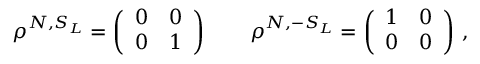
\rho ^ { N , S _ { L } } = \left( \begin{array} { l l } { { 0 } } & { { 0 } } \\ { { 0 } } & { { 1 } } \end{array} \right) \quad \quad \rho ^ { N , - S _ { L } } = \left( \begin{array} { l l } { { 1 } } & { { 0 } } \\ { { 0 } } & { { 0 } } \end{array} \right) \, ,